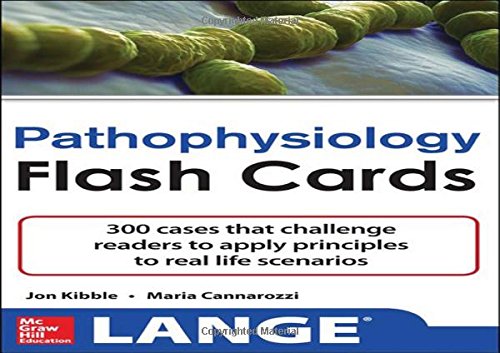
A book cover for Pathophysiology Flash Cards (Lange Flash Cards); Jonathan Kibble; Medical Books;